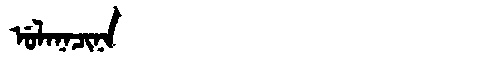
Manchu: ᡠᠯᠠᠨᠠᠴᡳᠨᠠ
Romanization: ULANACINA